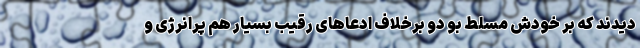
دیدند که بر خودش مسلط بو دو برخلاف ادعاهای رقیب بسیار هم پرانرژی و